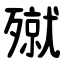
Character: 殧